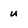
Character: u